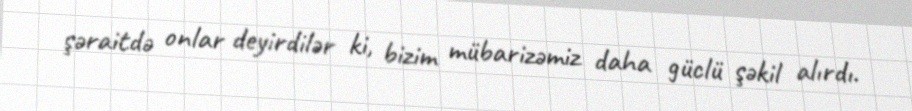
şəraitdə onlar deyirdilər ki, bizim mübarizəmiz daha güclü şəkil alırdı.